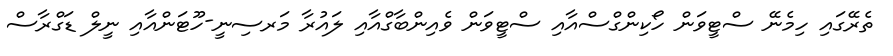
ތެރޭގައި ހިމެނޭ ސްޓީވަން ހޯކިންގްސްއާއި ސްޓީވަން ވެއިންބާގްއާއި ލައުރާ މަރސިނީ-ހޫޓަންއާއި ނީލް ޑަގްރާސް